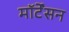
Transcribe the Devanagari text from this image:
मॉर्टेंसन